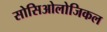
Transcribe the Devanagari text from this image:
सोसिओलोजिकल